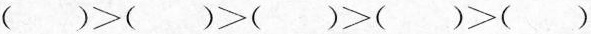
$$( ) > ( ) > ( ) > ( ) > ( )$$